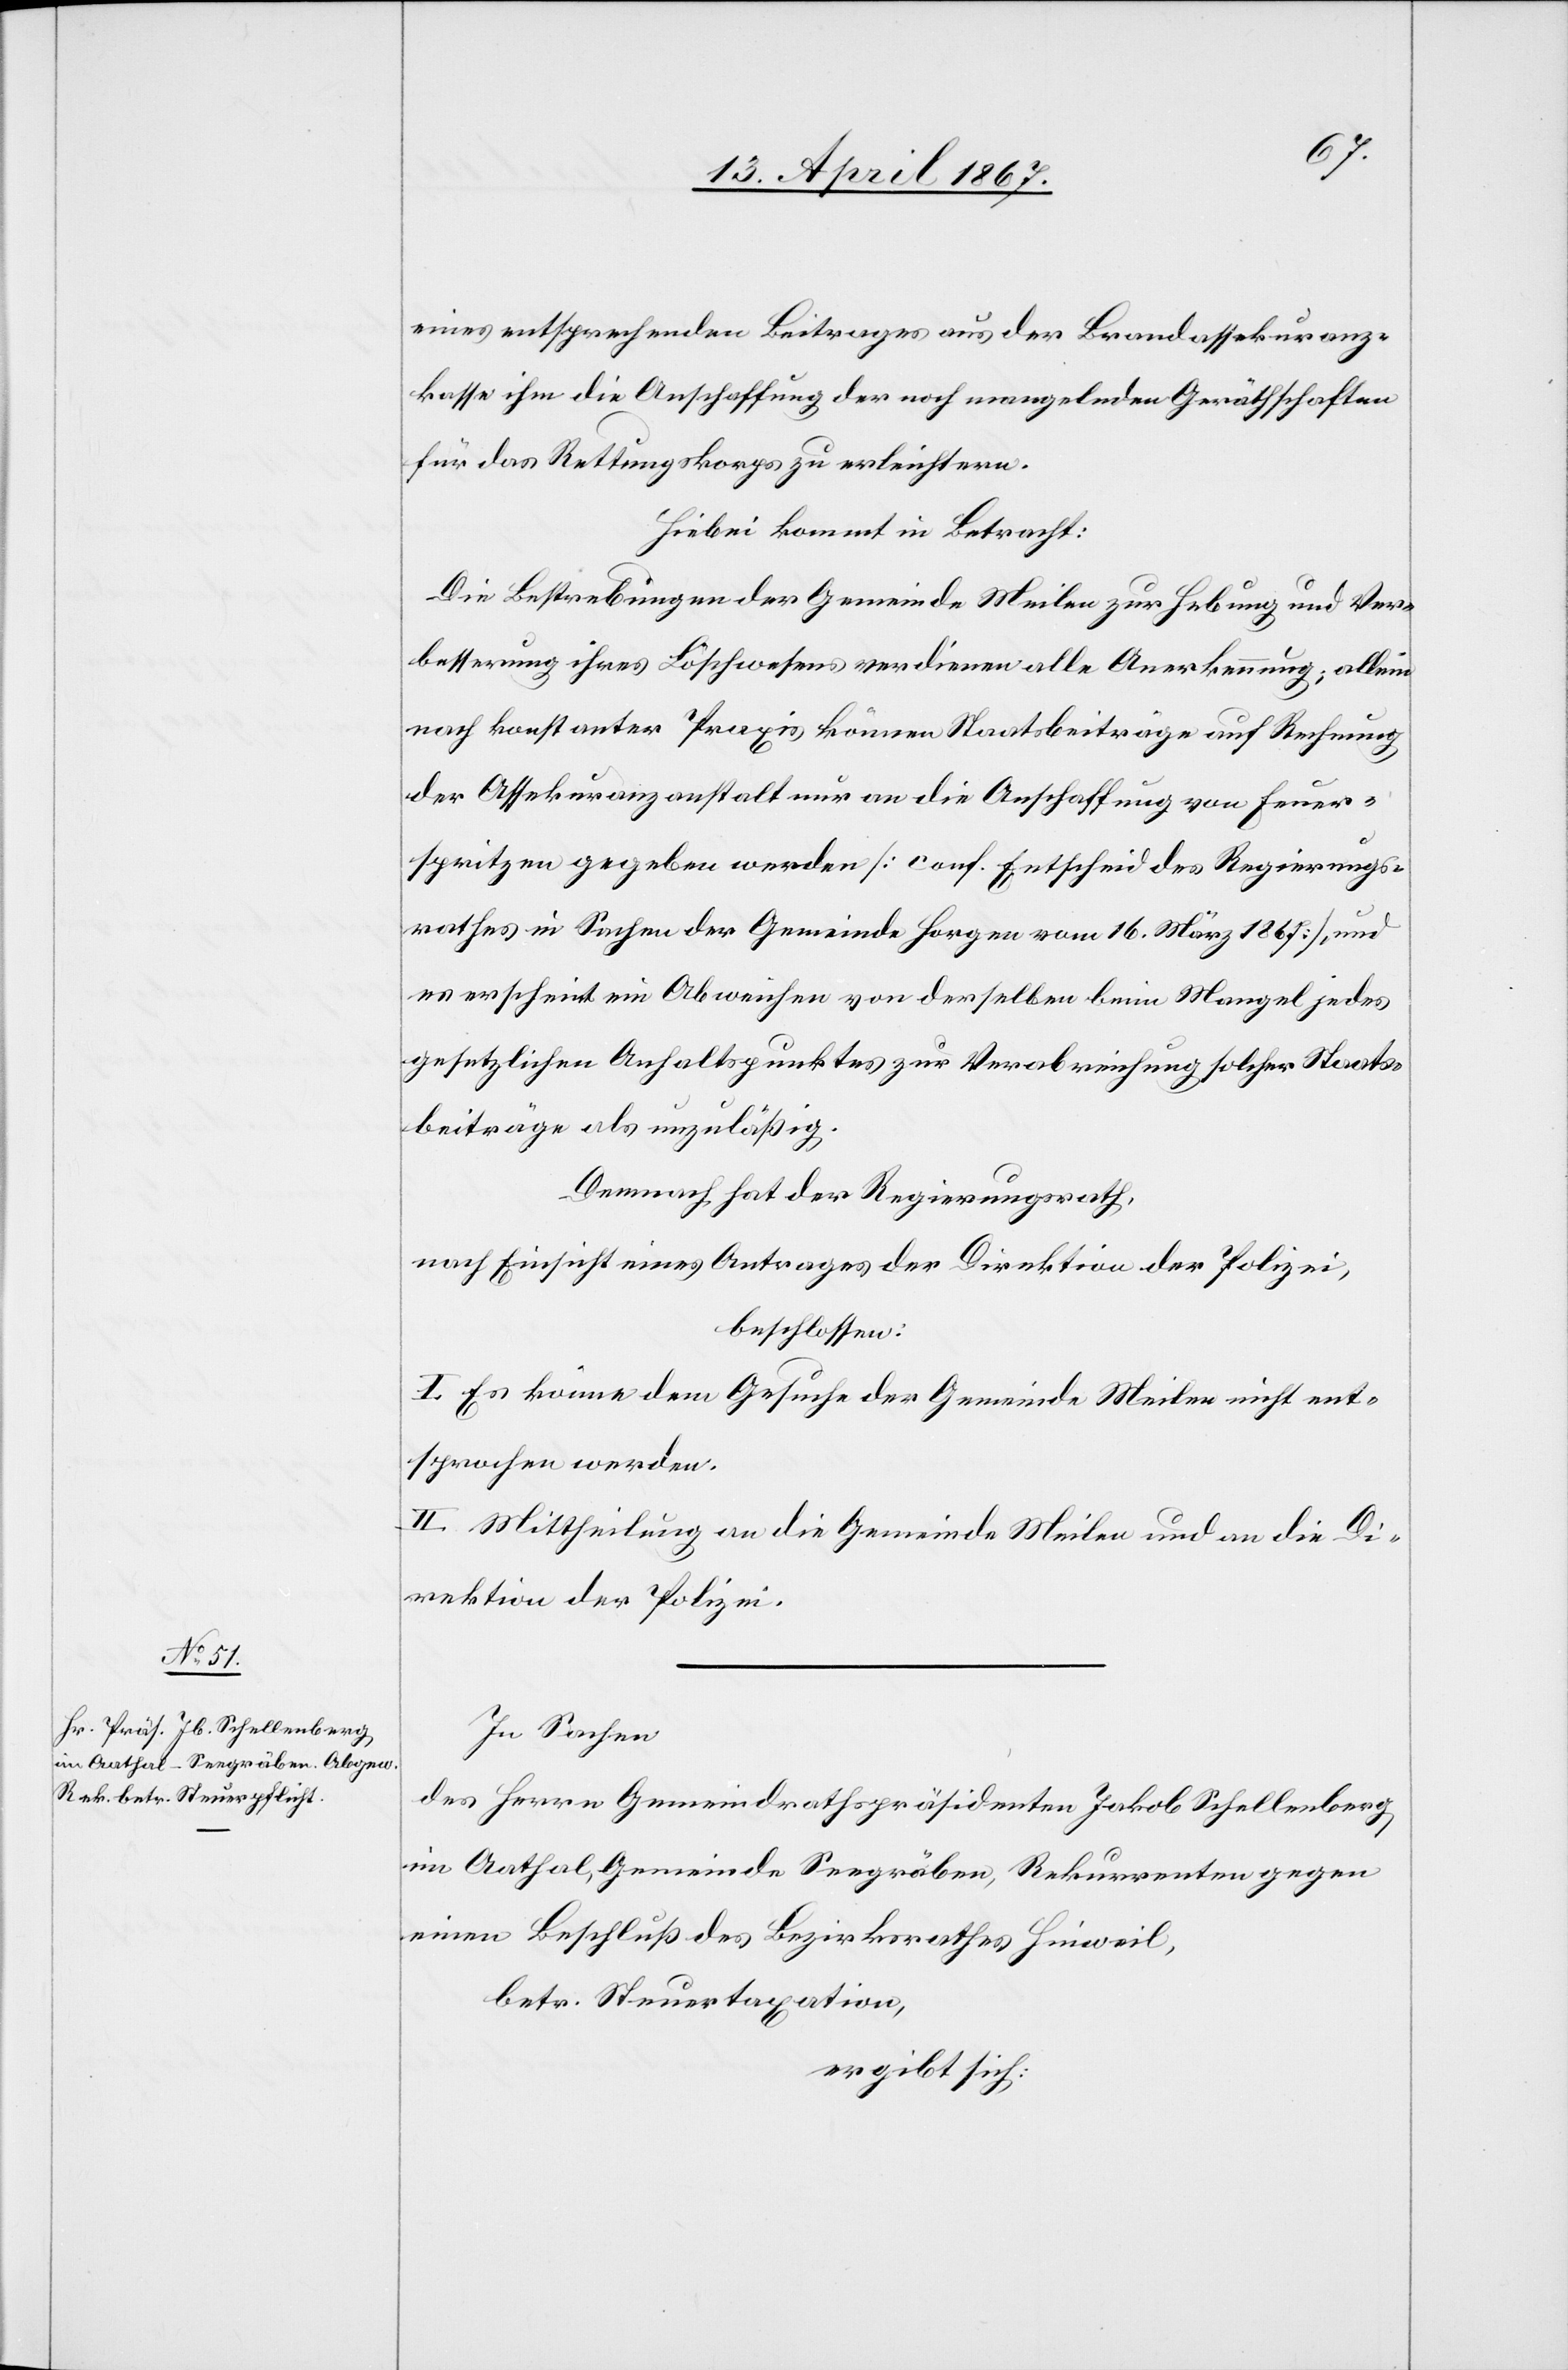
eines entsprechenden Beitrages aus der Brandassekuranz¬
kasse ihm die Anschaffung der noch mangelnden Geräthschaften
für das Rettungskorps zu erleichtern.
Hiebei kommt in Betracht:
Die Bestrebungen der Gemeinde Meilen zur Hebung und Ver¬
besserung ihres Löschwesens verdienen alle Anerkennung; alleine
nach konstanter Praxis können Staatsbeiträge auf Rechnung
der Assekuranzanstalt nur an die Anschaffung von Feuer¬
spritzen gegeben werden [conf. Entscheid des Regierungs¬
rathes in Sachen der Gemeinde Horgen vom 16. März 1867], und
es erscheint ein Abweichen von derselben beim Mangel jedes
gesetzlichen Anhaltspunktes zur Verabreichung solcher Staats¬
beiträge als unzuläßig.
Demnach hat der Regierungsrath,
nach Einsicht eines Antrages der Direktion der Polizei,
beschlossen:
I. Es könne dem Gesuche der Gemeinde Meilen nicht ent¬
sprochen werden.
II. Mittheilung an die Gemeinde Meilen und an die Di¬
rektion der Polizei.
In Sachen
des Herrn Gemeindrathspräsidenten Jakob Schellenberg
im Aathal, Gemeinde Seegräben, Rekurrenten gegen
einen Beschluß des Bezirksrathes Hinweil
betr. Steuertaxation,
ergibt sich: